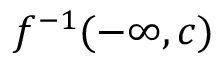
f ^ { - 1 } ( - \infty , c )